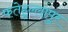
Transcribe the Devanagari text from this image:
फतेहुल्लापुर